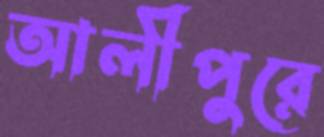
আলীপুরে